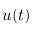
u ( t )